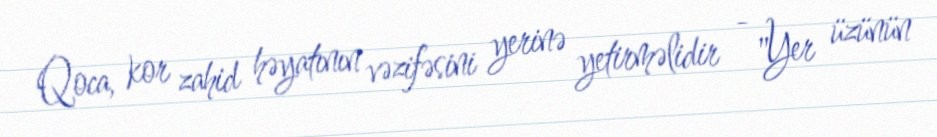
Qoca, kor zahid həyatının vəzifəsini yerinə yetirməlidir - "Yer üzünün